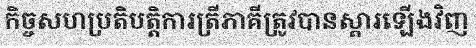
កិច្ចសហប្រតិបត្តិការត្រីភាគីត្រូវបានស្តារឡើងវិញ